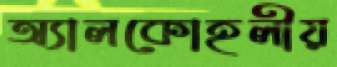
অ্যালকোহলীয়